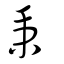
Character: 秉